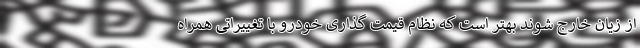
از زیان خارج شوند بهتر است که نظام قیمت گذاری خودرو با تغییراتی همراه